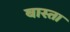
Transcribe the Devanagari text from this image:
बास्ता